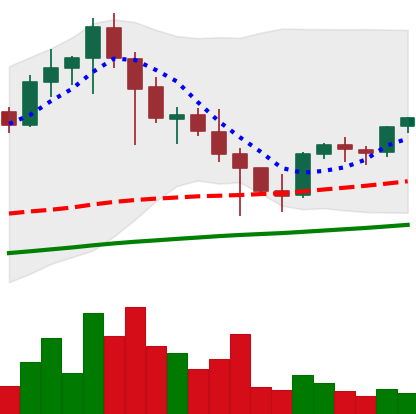
Ticker: EOS-USD
Chart end date: 2021-05-01
Forward return: 72.847%
Label: up_7plus